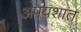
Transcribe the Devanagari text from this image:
अपयशात